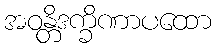
အဝန္တိဒက္ခိဏာပထော